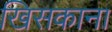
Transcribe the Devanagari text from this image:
खिसकाना